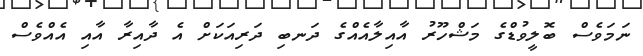
ނަމަވެސް ބޮލީވުޑްގެ މަޝްހޫރު އާއިލާއެއްގެ ދަނބި ދަރިއަކަށް އެ ދާއިރާ އާއި އެއްވެސް